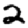
Digit: 2